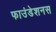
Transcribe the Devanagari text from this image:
फाउंडेशनस